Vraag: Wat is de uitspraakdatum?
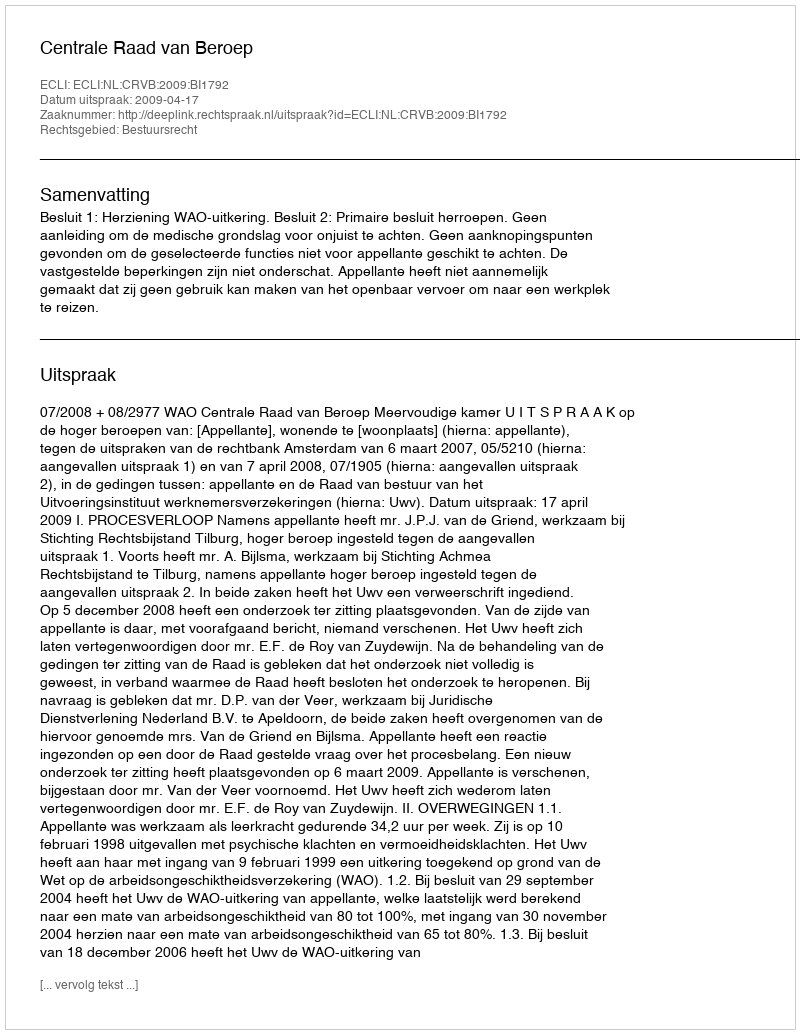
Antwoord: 2009-04-17